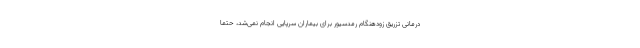
درمانی تزریق زودهنگام رمدسیور برای بیماران سرپایی انجام نمی‌شد، حتما